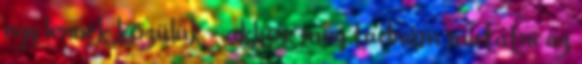
egy lennék közülük – akkor meg tudnám mutatni az